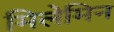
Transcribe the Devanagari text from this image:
मिलेमिन